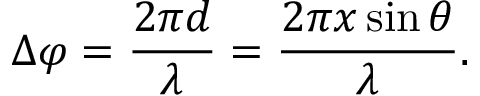
\Delta \varphi = { \frac { 2 \pi d } { \lambda } } = { \frac { 2 \pi x \sin \theta } { \lambda } } .